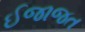
ઈજાજત